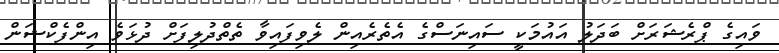
ވައިގެ ޕްރެޝަރަށް ބަދަލު އައުމަކީ ސައިނަސްގެ އެތެރެއިން ލެވިފައިވާ ތެތްދުލިފަށް ދުޅަވެ އިންފެކްޝަން